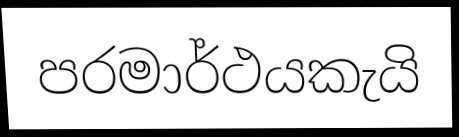
පරමාර්ථයකැයි